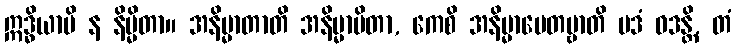
ဣဒ္ဓိယာပိ န နိမ္မိတာ။ အနိမ္မာတာတိ အနိမ္မာပိတာ, ကေစိ အနိမ္မာပေတဗ္ဗာတိ ပဒံ ဝဒန္တိ, တံ